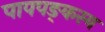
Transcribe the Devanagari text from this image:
पापपङ्कस्य